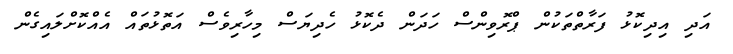
އަދި އިދިކޮޅު ފަރާތްތަކުން ޕްރޮވިންސް ހަދަން ދެކޮޅު ހެދިޔަސް މިހާރިވެސް އަތޮޅުތައް އެއްކޮށްލައިގެން